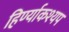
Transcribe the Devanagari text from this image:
हिर्ण्याकश्यप